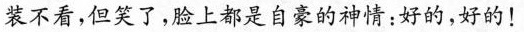
装不看，但笑了，脸上都是自豪的神情：好的，好的！